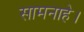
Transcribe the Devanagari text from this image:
सामनाहे।